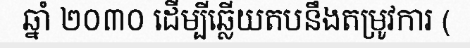
ឆ្នាំ ២០៣០ ដើម្បីឆ្លើយតបនឹងតម្រូវការ (